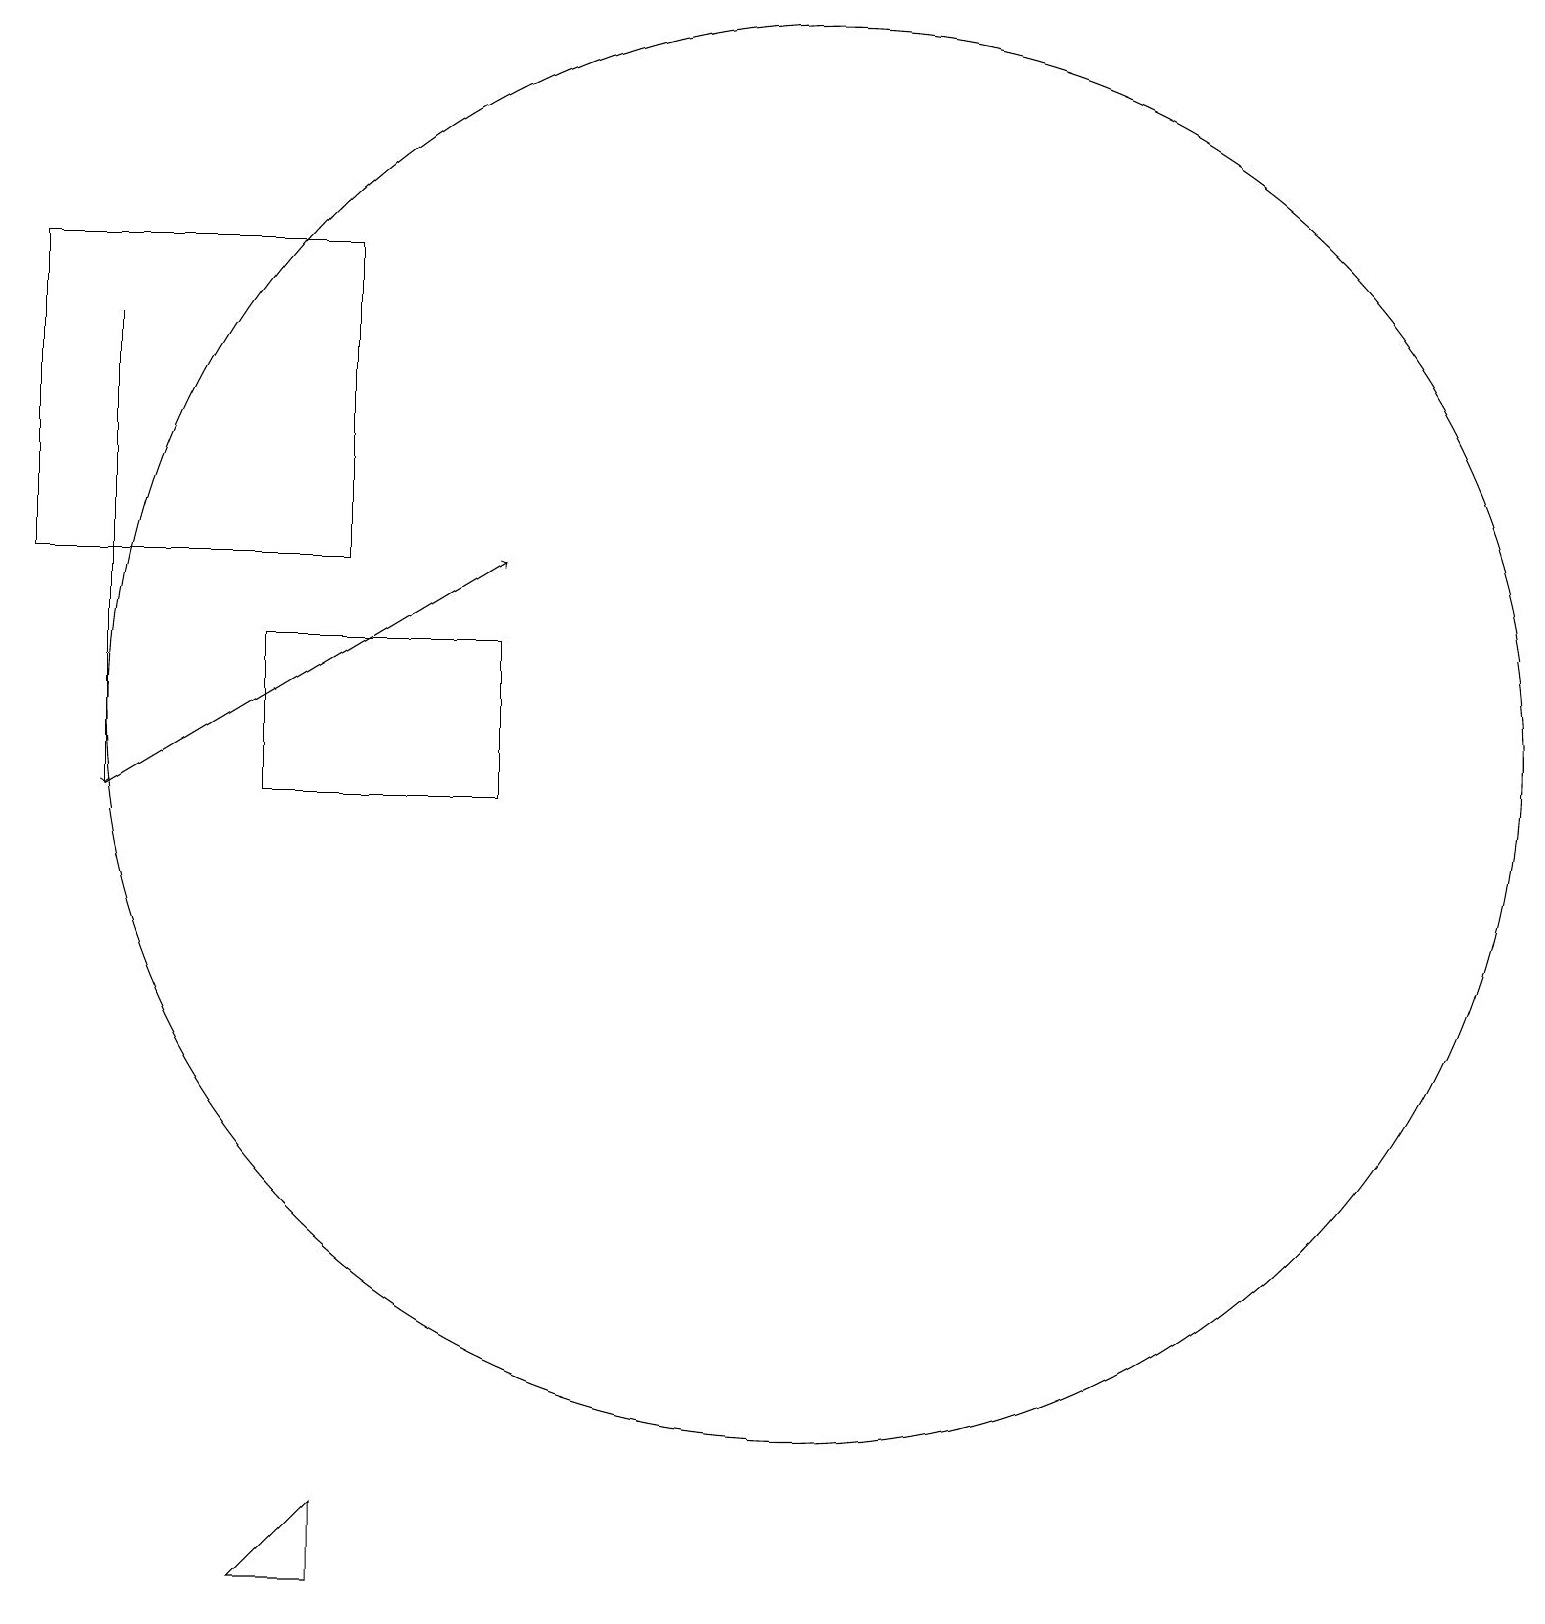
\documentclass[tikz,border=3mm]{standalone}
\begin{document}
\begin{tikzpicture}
\draw (12,11) circle (9);
\draw (6,17) rectangle (2,13);
\draw (6,1) -- (5,0) -- (6,0) -- cycle;
\draw[->] (3,16) -- (3,10);
\draw[->] (3,10) -- (8,13);
\draw (5,10) rectangle (8,12);
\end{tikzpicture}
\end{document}